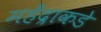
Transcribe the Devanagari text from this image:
महेंद्राकडे